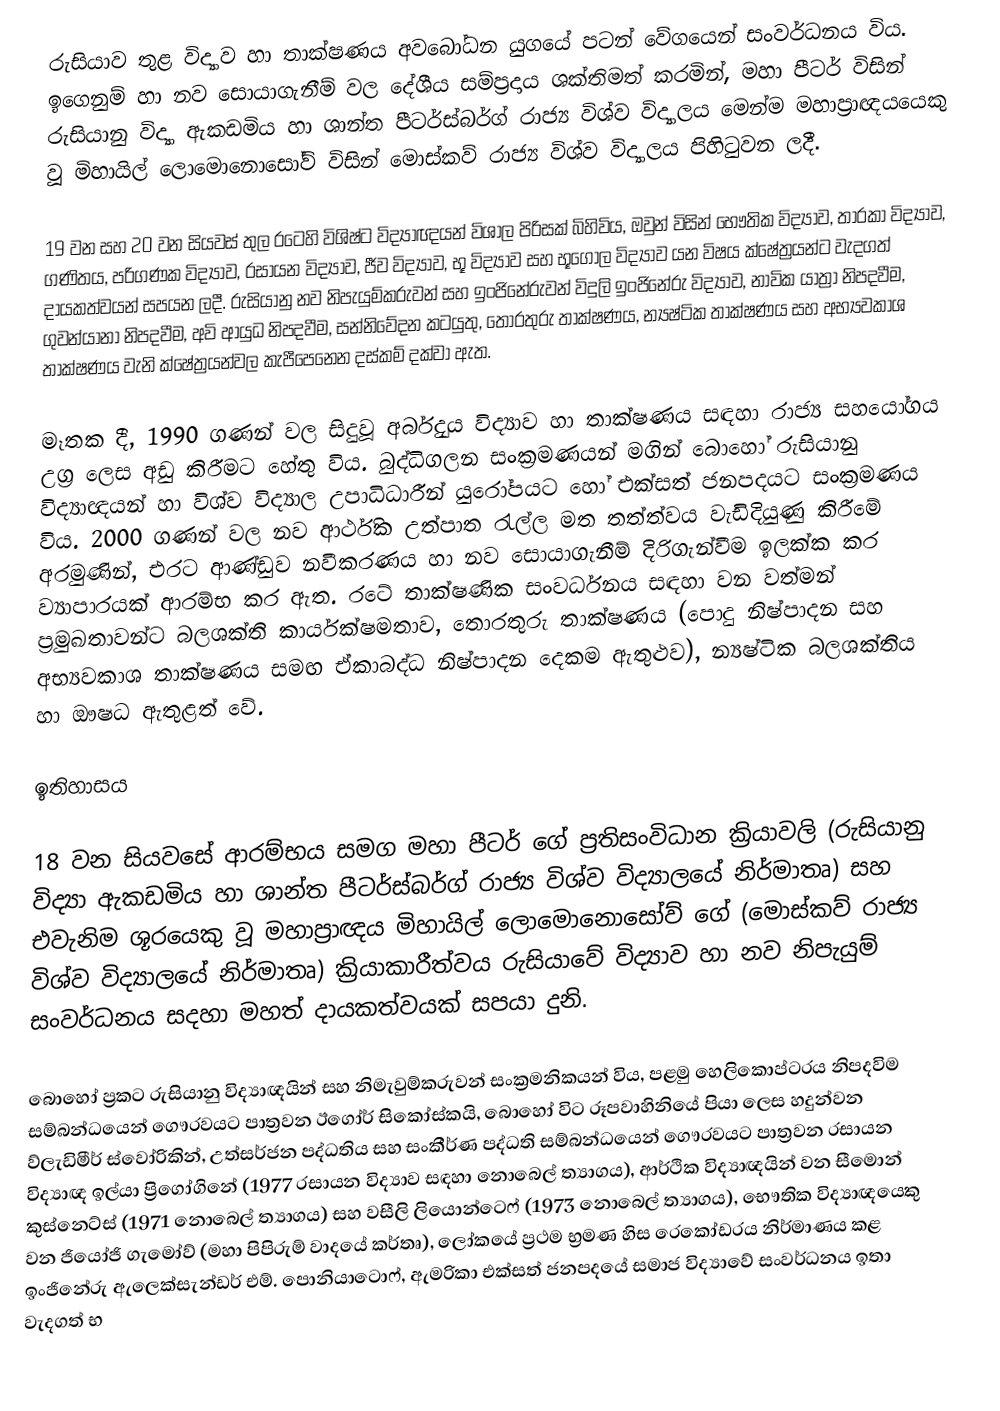
රුසියාව තුළ විද්‍යාව හා තාක්ෂණය අවබෝධන යුගයේ පටන් වේගයෙන් සංවර්ධනය විය. ඉගෙනුම් හා නව සොයාගැනීම් වල දේශීය සම්ප්‍රදාය ශක්තිමත් කරමින්, මහා පීටර් විසින් රුසියානු විද්‍යා ඇකඩමිය හා ශාන්ත පීටර්ස්බර්ග් රාජ්‍ය විශ්ව විද්‍යාලය මෙන්ම මහාප්‍රාඥයයෙකු වූ මිහායිල් ලොමොනොසෝව් විසින් මොස්කව් රාජ්‍ය විශ්ව විද්‍යාලය පිහිටුවන ලදී.

19 වන සහ 20 වන සියවස් තුල රටෙහි විශිෂ්ට විද්‍යාඥයන් විශාල පිරිසක් බිහිවිය, ඔවුන් විසින් භෞතික විද්‍යාව, තාරකා විද්‍යාව, ගණිතය, පරිගණක විද්‍යාව, රසායන විද්‍යාව, ජීව විද්‍යාව, භූ විද්‍යාව සහ භූගෝල විද්‍යාව යන විෂය ක්ෂේත්‍රයන්ට වැදගත් දායකත්වයන් සපයන ලදී. රුසියානු නව නිපැයුම්කරුවන් සහ ඉංජිනේරුවන් විදුලි ඉංජිනේරු විද්‍යාව, නාවික යාත්‍රා නිපදවීම, ගුවන්යානා නිපදවීම, අවි ආයුධ නිපදවීම, සන්නිවේදන කටයුතු, තොරතුරු තාක්ෂණය, න්‍යෂ්ටික තාක්ෂණය සහ අභ්‍යවකාශ තාක්ෂණය වැනි ක්ෂේත්‍රයන්වල කැපීපෙනෙන දස්කම් දක්වා ඇත.

මෑතක දී, 1990 ගණන් වල සිදුවූ අර්බුදය විද්‍යාව හා තාක්ෂණය සඳහා රාජ්‍ය සහයෝගය උග්‍ර ලෙස අඩු කිරීමට හේතු විය. බුද්ධිගලන සංක්‍රමණයන් මගින් බොහෝ රුසියානු විද්‍යාඥයන් හා විශ්ව විද්‍යාල උපාධිධාරීන් යුරෝපයට හෝ එක්සත් ජනපදයට සංක්‍රමණය විය. 2000 ගණන් වල නව ආර්ථික උත්පාත රැල්ල මත තත්ත්වය වැඩිදියුණු කිරීමේ අරමුණින්, එරට ආණ්ඩුව නවීකරණය හා නව සොයාගැනීම් දිරිගැන්වීම ඉලක්ක කර ව්‍යාපාරයක් ආරම්භ කර ඇත. රටේ තාක්ෂණික සංවර්ධනය සඳහා වන වත්මන් ප්‍රමුඛතාවන්ට බලශක්ති කාර්යක්ෂමතාව, තොරතුරු තාක්ෂණය (පොදු නිෂ්පාදන සහ  අභ්‍යවකාශ තාක්ෂණය සමඟ ඒකාබද්ධ නිෂ්පාදන දෙකම ඇතුළුව), න්‍යෂ්ටික බලශක්තිය හා ඖෂධ ඇතුළත් වේ.

ඉතිහාසය

18 වන සියවසේ ආරම්භය සමග මහා පීටර් ගේ ප්‍රතිසංවිධාන ක්‍රියාවලි (රුසියානු විද්‍යා ඇකඩමිය හා ශාන්ත පීටර්ස්බර්ග් රාජ්‍ය විශ්ව විද්‍යාල‍යේ නිර්මාතෘ) සහ එවැනිම ශූරයෙකු වූ මහාප්‍රාඥය මිහායිල් ලොමොනොසෝව් ගේ (මොස්කව් රාජ්‍ය විශ්ව විද්‍යාලයේ නිර්මාතෘ) ක්‍රියාකාරීත්වය රුසියාවේ විද්‍යාව හා නව නිපැයුම් සංවර්ධනය සදහා මහත් දායකත්වයක් සපයා දුනි.

බොහෝ ප්‍රකට රුසියානු විද්‍යාඥයින් සහ නිමැවුම්කරුවන් සංක්‍රමනිකයන් විය, පළමු හෙලිකොප්ටරය නිපදවිම සම්බන්ධයෙන් ගෞරවයට පාත්‍රවන ඊගෝර් සිකෝස්කයි, බොහෝ විට රූපවාහිනියේ පියා ලෙස හදුන්වන ව්ලැඩිමීර් ස්වෝරිකින්, උත්සර්ජන පද්ධතිය සහ සංකීර්ණ පද්ධති සම්බන්ධයෙන් ගෞරවයට පාත්‍රවන රසායන විද්‍යාඥ ඉල්යා ප්‍රිගෝගිනේ (1977 රසායන විද්‍යාව සඳහා නොබෙල් ත්‍යාගය), ආර්ථික විද්‍යාඥයින් වන සීමොන් කුස්නෙට්ස් (1971 නොබෙල් ත්‍යාගය) සහ වසීලි ලියොන්ටෙෆ් (1973 නොබෙල් ත්‍යාගය), භෞතික විද්‍යාඥයෙකු වන ජියෝජි ගැමෝව් (මහා පිපිරුම් වාදයේ කර්තෘ), ලෝකයේ ප්‍රථම භ්‍රමණ හිස රෙකෝඩරය නිර්මාණය කළ ඉංජිනේරු ඇලෙක්සැන්ඩර් එම්. පොනියාටොෆ්, ඇමරිකා එක්සත් ජනපදයේ සමාජ විද්‍යාවේ සංවර්ධනය ඉතා වැදගත් භ